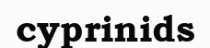
cyprinids